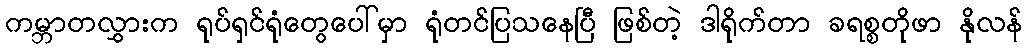
ကမ္ဘာတလွှားက ရုပ်ရှင်ရုံတွေပေါ်မှာ ရုံတင်ပြသနေပြီ ဖြစ်တဲ့ ဒါရိုက်တာ ခရစ္စတိုဖာ နိုလန်